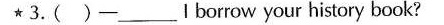
★3.( )——___lborrow your history book?